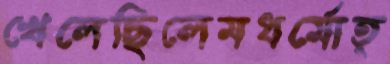
খেলেছিলেমধর্মোত্